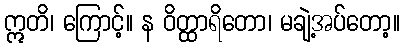
ဣတိ၊ ကြောင့်။ န ဝိတ္ထာရိတော၊ မချဲ့အပ်တော့။